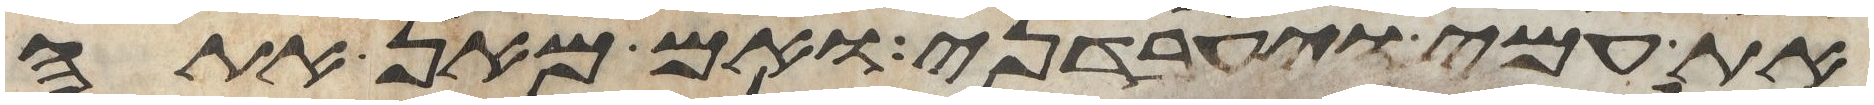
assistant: את עמי ויעבדני ואם מאן אתה